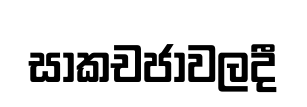
සාකචජාවලදී